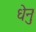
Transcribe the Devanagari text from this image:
धेनुः